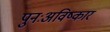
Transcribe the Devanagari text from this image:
पुनःअविष्कार